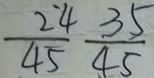
\frac { 2 4 } { 4 5 } \frac { 3 5 } { 4 5 }